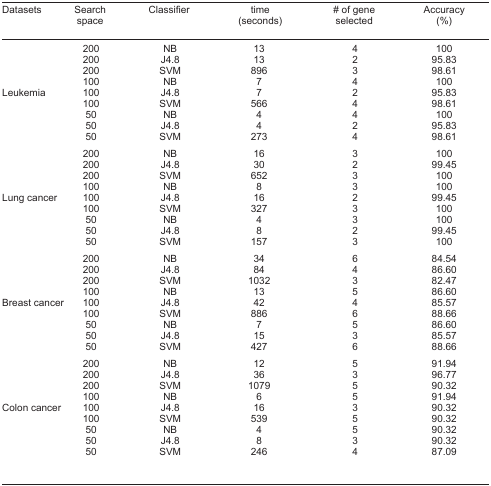
<table><thead><tr><td><b>Datasets</b></td><td><b>Search space</b></td><td><b>Classifier</b></td><td><b>time (seconds)</b></td><td><b># of gene selected</b></td><td><b>Accuracy (%)</b></td></tr></thead><tbody><tr><td rowspan="9">Leukemia</td><td>200</td><td>NB</td><td>13</td><td>4</td><td>100</td></tr><tr><td>200</td><td>J4.8</td><td>13</td><td>2</td><td>95.83</td></tr><tr><td>200</td><td>SVM</td><td>896</td><td>3</td><td>98.61</td></tr><tr><td>100</td><td>NB</td><td>7</td><td>4</td><td>100</td></tr><tr><td>100</td><td>J4.8</td><td>7</td><td>2</td><td>95.83</td></tr><tr><td>100</td><td>SVM</td><td>566</td><td>4</td><td>98.61</td></tr><tr><td>50</td><td>NB</td><td>4</td><td>4</td><td>100</td></tr><tr><td>50</td><td>J4.8</td><td>4</td><td>2</td><td>95.83</td></tr><tr><td>50</td><td>SVM</td><td>273</td><td>4</td><td>98.61</td></tr><tr><td rowspan="9">Lung cancer</td><td>200</td><td>NB</td><td>16</td><td>3</td><td>100</td></tr><tr><td>200</td><td>J4.8</td><td>30</td><td>2</td><td>99.45</td></tr><tr><td>200</td><td>SVM</td><td>652</td><td>3</td><td>100</td></tr><tr><td>100</td><td>NB</td><td>8</td><td>3</td><td>100</td></tr><tr><td>100</td><td>J4.8</td><td>16</td><td>2</td><td>99.45</td></tr><tr><td>100</td><td>SVM</td><td>327</td><td>3</td><td>100</td></tr><tr><td>50</td><td>NB</td><td>4</td><td>3</td><td>100</td></tr><tr><td>50</td><td>J4.8</td><td>8</td><td>2</td><td>99.45</td></tr><tr><td>50</td><td>SVM</td><td>157</td><td>3</td><td>100</td></tr><tr><td rowspan="9">Breast cancer</td><td>200</td><td>NB</td><td>34</td><td>6</td><td>84.54</td></tr><tr><td>200</td><td>J4.8</td><td>84</td><td>4</td><td>86.60</td></tr><tr><td>200</td><td>SVM</td><td>1032</td><td>3</td><td>82.47</td></tr><tr><td>100</td><td>NB</td><td>13</td><td>5</td><td>86.60</td></tr><tr><td>100</td><td>J4.8</td><td>42</td><td>4</td><td>85.57</td></tr><tr><td>100</td><td>SVM</td><td>886</td><td>6</td><td>88.66</td></tr><tr><td>50</td><td>NB</td><td>7</td><td>5</td><td>86.60</td></tr><tr><td>50</td><td>J4.8</td><td>15</td><td>3</td><td>85.57</td></tr><tr><td>50</td><td>SVM</td><td>427</td><td>6</td><td>88.66</td></tr><tr><td rowspan="9">Colon cancer</td><td>200</td><td>NB</td><td>12</td><td>5</td><td>91.94</td></tr><tr><td>200</td><td>J4.8</td><td>36</td><td>3</td><td>96.77</td></tr><tr><td>200</td><td>SVM</td><td>1079</td><td>5</td><td>90.32</td></tr><tr><td>100</td><td>NB</td><td>6</td><td>5</td><td>91.94</td></tr><tr><td>100</td><td>J4.8</td><td>16</td><td>3</td><td>90.32</td></tr><tr><td>100</td><td>SVM</td><td>539</td><td>5</td><td>90.32</td></tr><tr><td>50</td><td>NB</td><td>4</td><td>5</td><td>90.32</td></tr><tr><td>50</td><td>J4.8</td><td>8</td><td>3</td><td>90.32</td></tr><tr><td>50</td><td>SVM</td><td>246</td><td>4</td><td>87.09</td></tr></tbody></table>